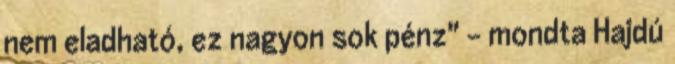
nem eladható, ez nagyon sok pénz" - mondta Hajdú